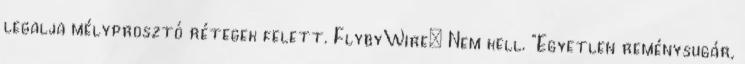
legalja mélyprosztó rétegek felett. FlybyWire: Nem kell. "Egyetlen reménysugár,